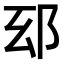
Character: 𨚏